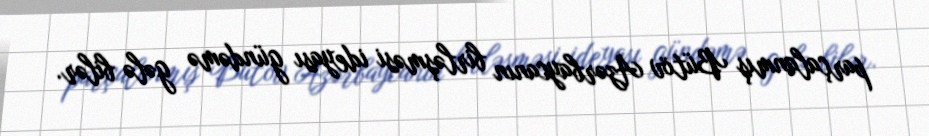
parçalanmış Bütöv Azərbaycanın birləşməsi ideyası gündəmə gələ bilər.